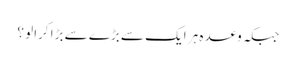
جبکہ وعدہ ہر ایک سے بڑے سے بڑا کرالو ؟